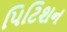
પિટિશન